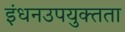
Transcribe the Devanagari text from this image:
इंधनउपयुक्तता